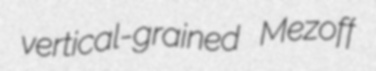
vertical-grained Mezoff